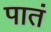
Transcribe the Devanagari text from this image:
पातं